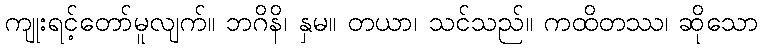
ကျုးရင့်တော်မူလျက်။ ဘဂိနိ၊ နှမ။ တယာ၊ သင်သည်။ ကထိတဿ၊ ဆိုသော